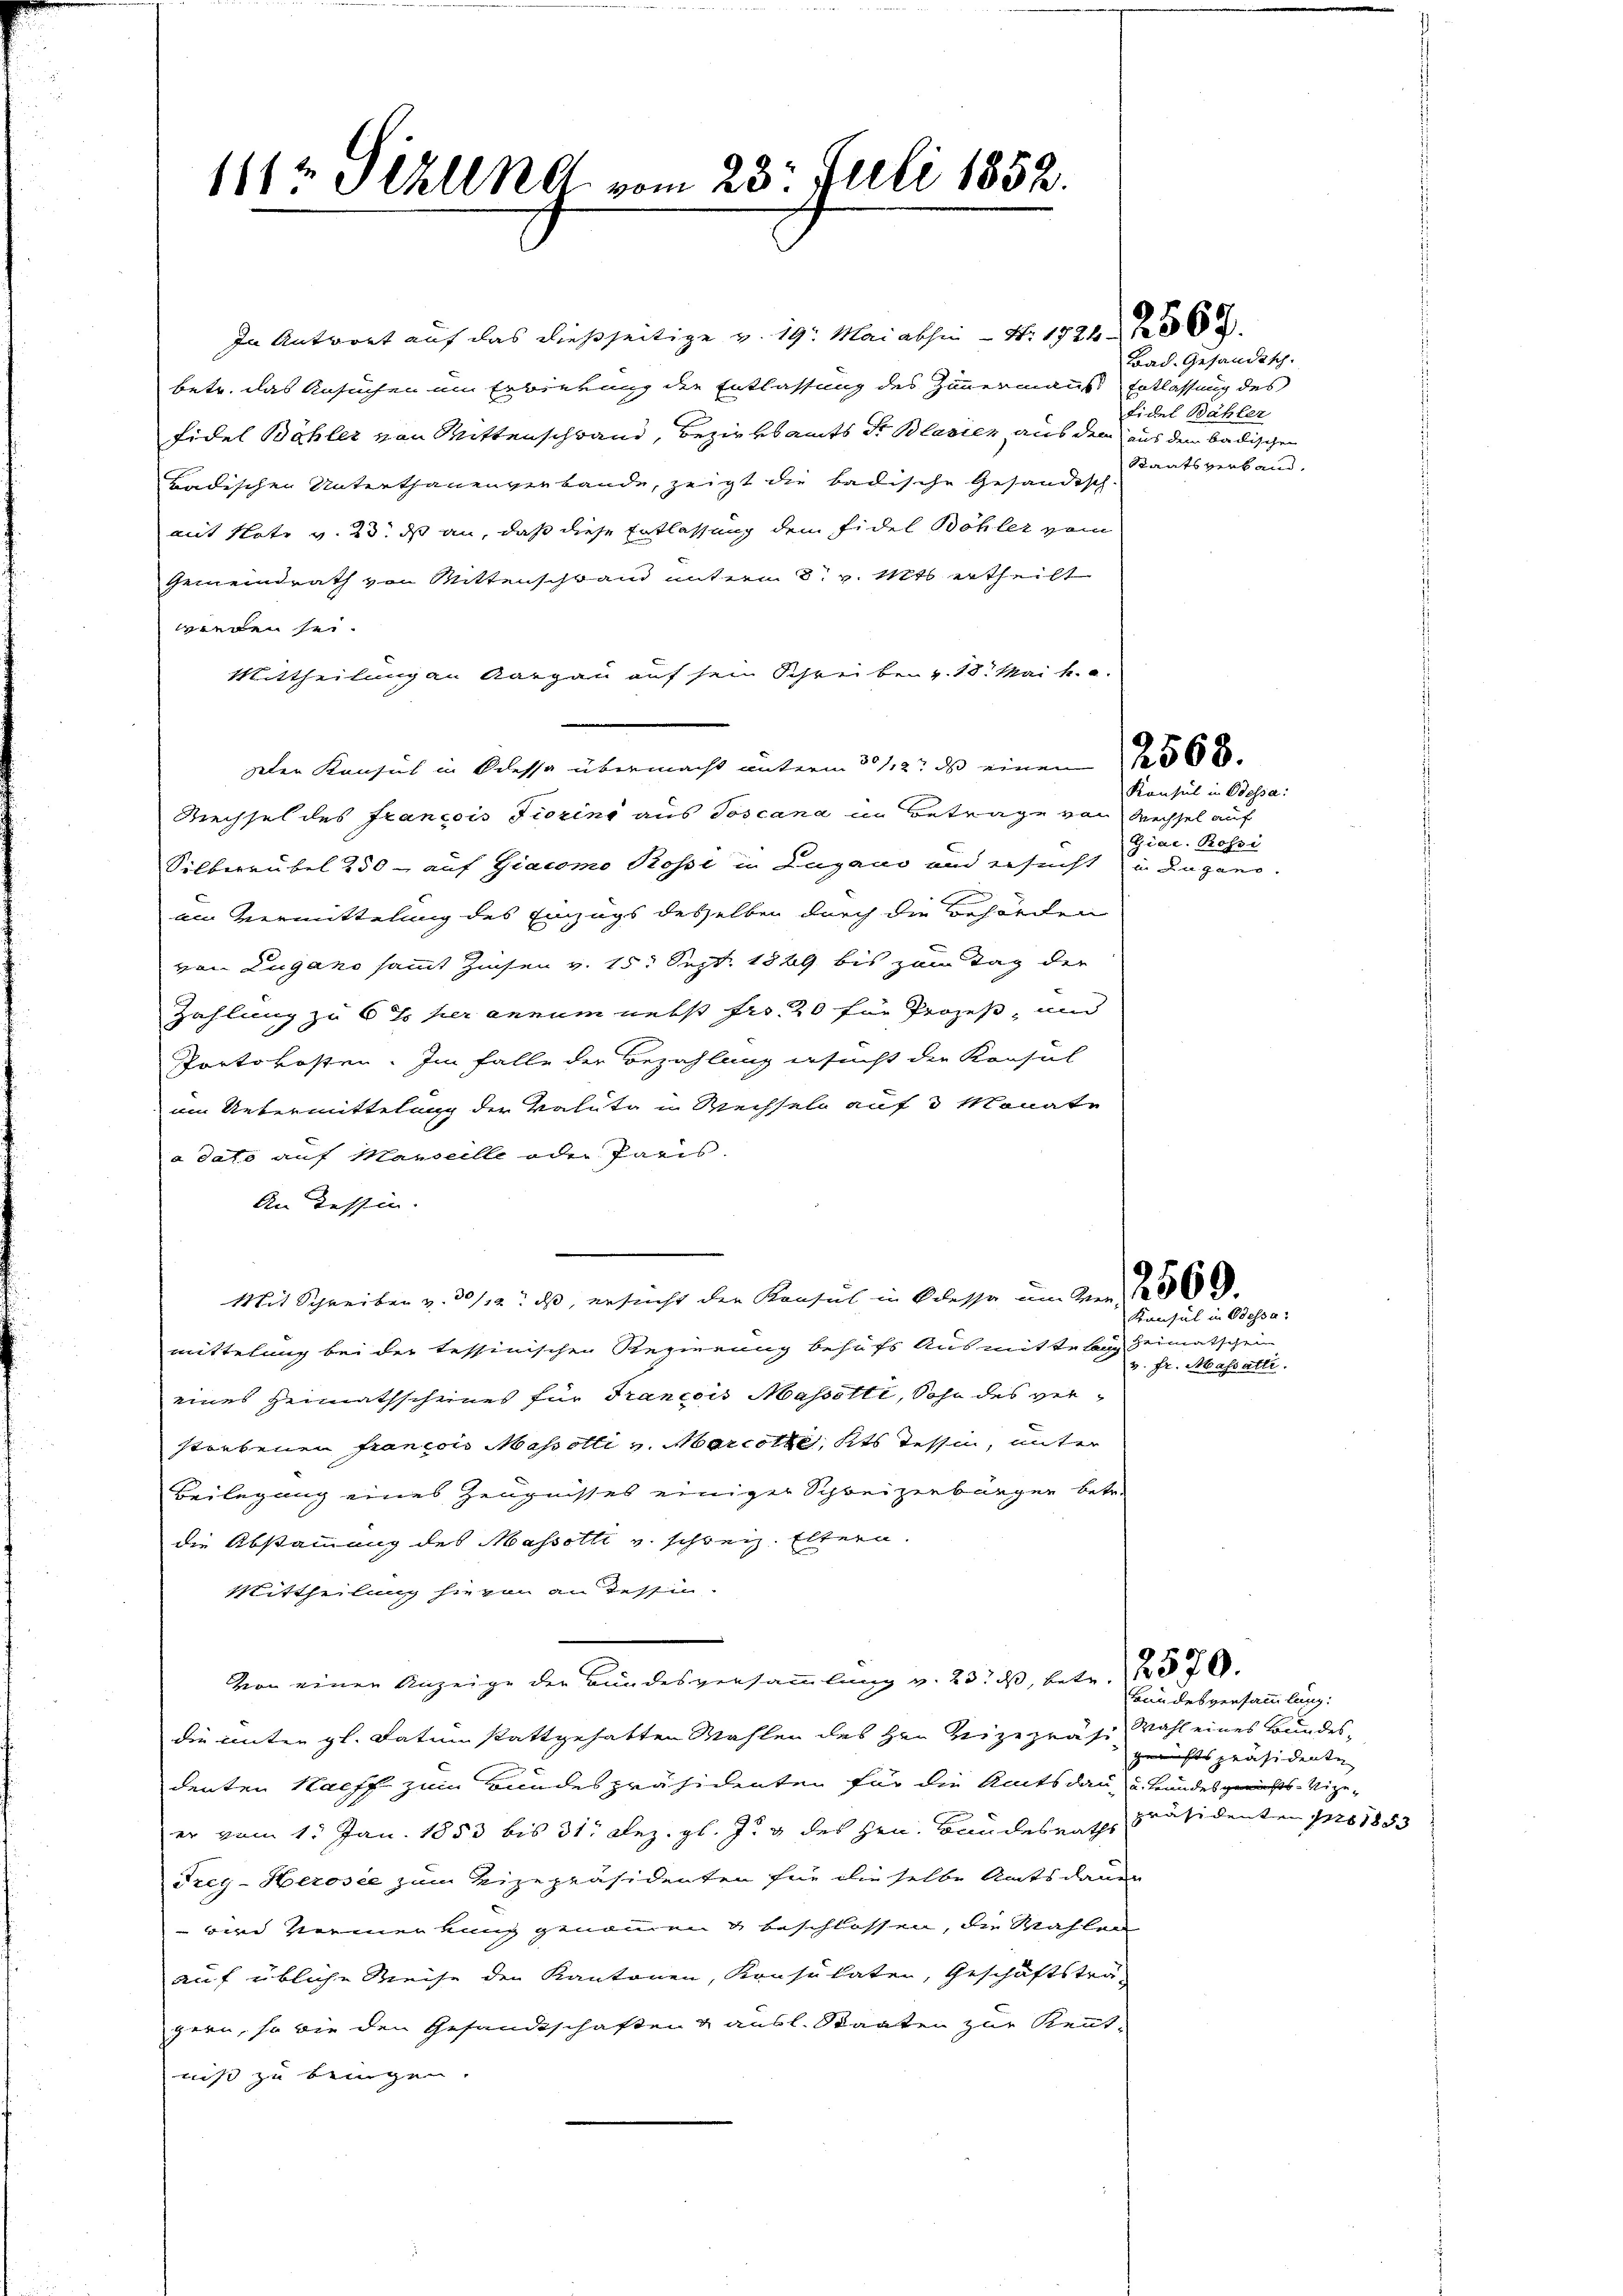
1112 Pizlena vom 23. Juli 1852.

In Antwort auf das dießseitige v. 19. Mai abhin — S. 1526
betr. das Ansuchen im Erbierung die Entlassung des Zimmermanns Entlassung des
Fidel Böhler von Mittenschwand, Bezirksamts Dr Blasien, aus dem aus dem badischen
Badischen Unterthanenverbande, zeigt die badische Gesändisch-
mit Note v. 23. ds an, daß diese Entlassung dem Fidel Böhler vom
Gemeindrath von Mittenschwann unterm 8. v. Mts. ertheilt
wieden sei.
Mittheilung an Aargau auf sein Schreiben v. 18. Mai h. c.
Der Konsul in Odessa übermacht unterm 30/12 des einen 1 1/2 568
Riechsel des Francois Fiorins aus Toscana in Betrage von Wechsel auf
Silberrübel 250 - auf Giacomo Rossi in Lugano und ersucht zu da gan
2
am Vermittelung des Einzugs desselben durch die Behörden
von Lugano sammt Zinsen v. 15. Sept. 1889 bis zum Tag der
Zahlung zu 6 % her annum nebst fro. 20 für Prozeß, und
Portokosten. Im Falle der Bezahlung ersucht die Konsul
am Uebermittelung der Valuta in Wechseln auf 3 Monate
a dato auf Marseelle oder Paris.
An Tessin.
Mit Schreiben v. 30/12: daß, ersucht den Konsul in Odessa um der 18569.
mittelung bei der tessinischen Regierung behufs Ausmittelheimatschein
eines Heimathscheines für Francois Masselte, Sohn des verstorbenen Francois Masotti v. Marcote, Kts Tessin, unter
Beilegung eines Zeugnisses einiger Schweizerbürger betr.
die Abstammung des Massotli v. schweiz. Eltern.
Mittheilung hievon an Tessin
Von einen Anzeige der Bundesversammlung v. 23. ds, betr. 1876.
die unter gl. datum stattgehabten Mahlen des Hrn. Beizepräse Wahl eines Bundesdenten Haff zum Bundespräsidenten für die Amtsdau u. Bandesgerichts-Vize-
er vom 1. Jan. 1853 bis 31 Dez. gl. Js. & des Hrn. Bandesraths
Frey-Herosee zum Vizepräsidenten für die selbe Amtsdauer
vini Vormerkung genommen & beschlossen, die Wahlen
auf übliche Reise den Kantonen, Konsulaten, Geschäftsträgern, so wie den Gesandtschaften & ausl. Staaten zur Kennt-
niß zu bringen.

Bad. Gesandtsch.
Fidel Bähler
Staatsverband.

Konsul in Odessa:
Giac. Rossi

Konsul in Odessa
v. fr. Massati

Bundesversammlung:
gerichtspräsidente
präsidenten pro 1883